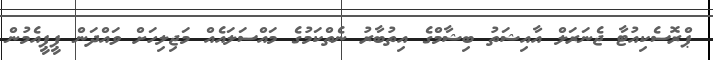
ޕްރޮސެކިއުޓާ ޖެނަރަލް އާއިޝަތު ބިޝާމްގެ އިތުބާރު ނެތްކަމުގެ މައްސަލައެއް މަޖިލިހަށް ވައްދަން ޕީޕީއެމުން